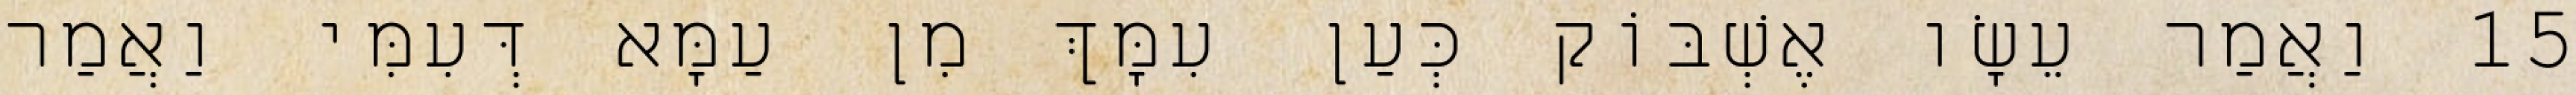
15 וַאֲמַר עֵשָׂו אֶשְׁבּוֹק כְּעַן עִמָּךְ מִן עַמָּא דְּעִמִּי וַאֲמַר